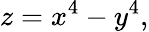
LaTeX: z=x^{4}-y^{4},